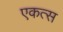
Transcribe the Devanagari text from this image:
एकत्स